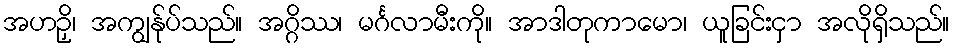
အဟဉှိ၊ အကျွန်ုပ်သည်။ အဂ္ဂိဿ၊ မင်္ဂလာမီးကို။ အာဒါတုကာမော၊ ယူခြင်းငှာ အလိုရှိသည်။